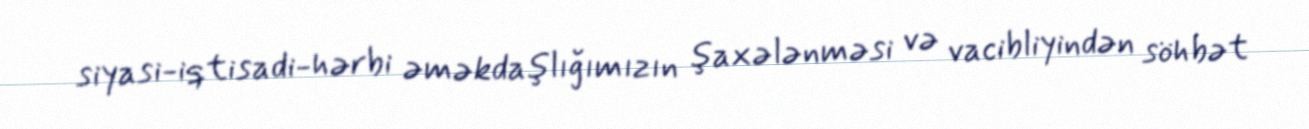
siyasi-iqtisadi-hərbi əməkdaşlığımızın şaxələnməsi və vacibliyindən söhbət